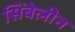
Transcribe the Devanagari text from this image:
सिंबेलीन